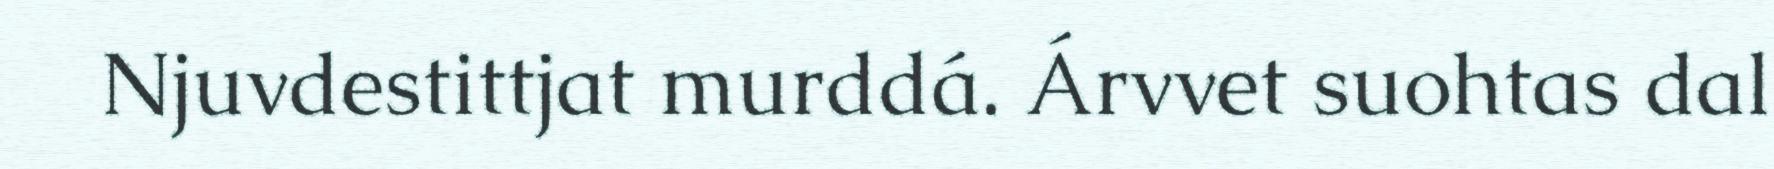
Njuvdestittjat murddá. Árvvet suohtas dal